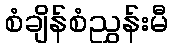
စံချိန်စံညွှန်းမီ